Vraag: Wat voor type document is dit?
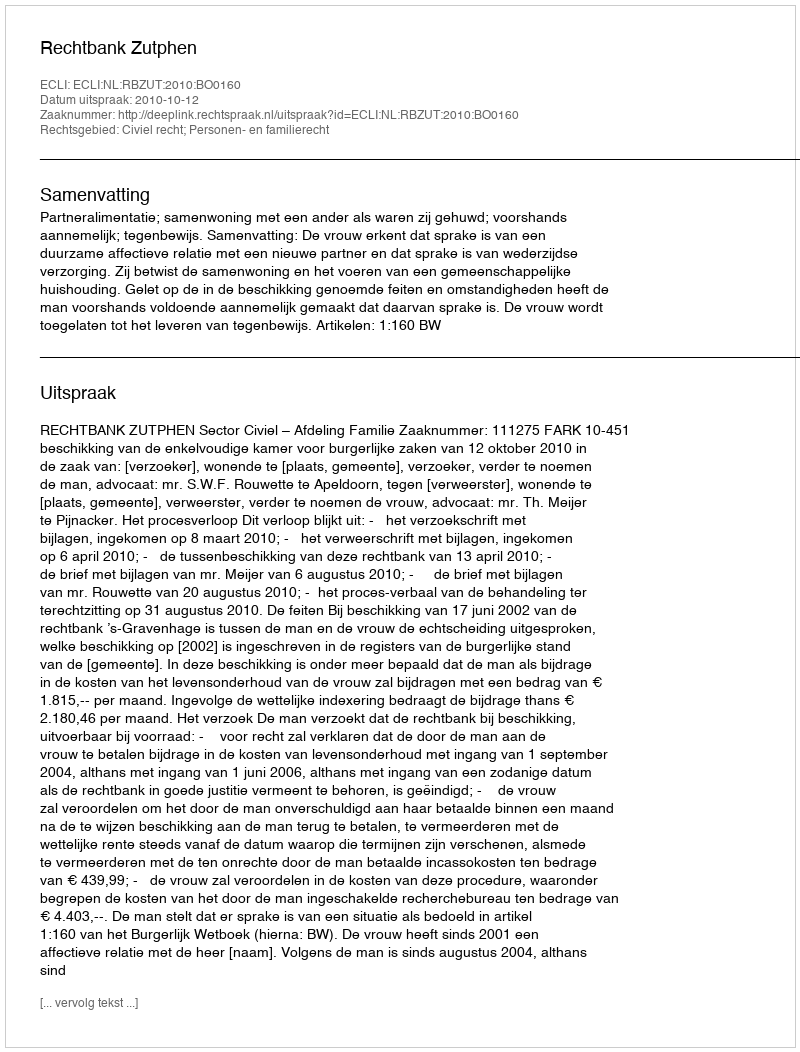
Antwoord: Uitspraak